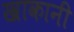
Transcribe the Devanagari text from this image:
खाकानी